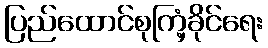
ပြည်ထောင်စုကြံ့ခိုင်ရေး